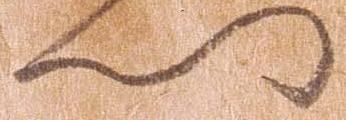
門